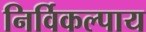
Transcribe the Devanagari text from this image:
निर्विकल्पाय